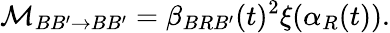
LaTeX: {\cal M}_{BB^{\prime}\to BB^{\prime}}=\beta_{BRB^{\prime}}(t)^{2}\xi(\alpha_{R}(t)).